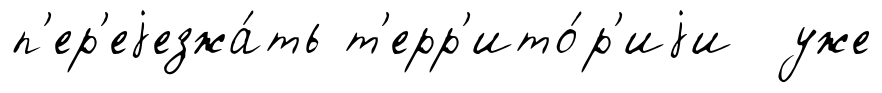
п'ер'еjезжа́ть т'ерр'ито́р'иjи уже